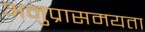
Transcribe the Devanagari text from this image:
अनुप्रासमयता